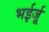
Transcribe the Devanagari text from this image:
भईर्जू